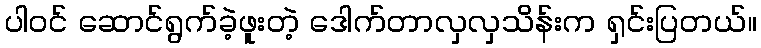
ပါဝင် ဆောင်ရွက်ခဲ့ဖူးတဲ့ ဒေါက်တာလှလှသိန်းက ရှင်းပြတယ်။